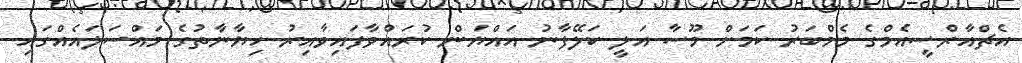
އެޗްއާރްސީއެމްގެ މެމްބަރު ކަމަށް މޫސާ އަލީ ކަލޭފާނު އައްޔަން ކުރައްވާފައިވާއިރު ހިޔާނާތުގެ މައްސަލައެއްގައި